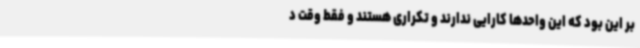
بر این بود که این واحدها کارایی ندارند و تکراری هستند و فقط وقت د